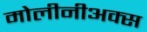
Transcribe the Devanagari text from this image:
मोलीनीअक्स